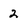
Character: 2